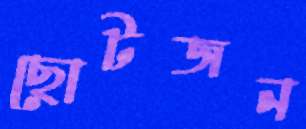
ছোটজন